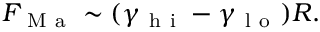
F _ { \mathrm { ~ M ~ a ~ } } \sim ( \gamma _ { \mathrm { ~ h ~ i ~ } } - \gamma _ { \mathrm { ~ l ~ o ~ } } ) R .